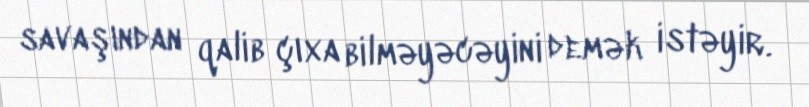
savaşından qalib çıxa bilməyəcəyini demək istəyir.